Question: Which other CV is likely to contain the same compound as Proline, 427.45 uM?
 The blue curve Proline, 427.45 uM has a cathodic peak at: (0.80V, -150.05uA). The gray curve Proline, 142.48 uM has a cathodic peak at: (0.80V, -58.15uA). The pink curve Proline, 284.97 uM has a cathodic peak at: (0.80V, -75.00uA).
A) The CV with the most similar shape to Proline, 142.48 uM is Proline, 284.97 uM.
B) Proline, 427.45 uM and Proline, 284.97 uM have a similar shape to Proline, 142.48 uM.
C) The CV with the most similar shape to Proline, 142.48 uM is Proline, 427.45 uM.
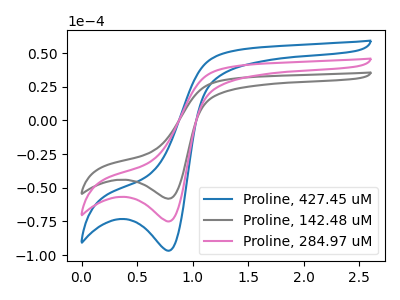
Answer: <think>All the peaks in "Proline, 427.45 uM" have a peak in "Proline, 142.48 uM" at the same potential. Every peak in "Proline, 427.45 uM" is higher than every peak in "Proline, 142.48 uM". All the peaks in "Proline, 427.45 uM" have a peak in "Proline, 284.97 uM" at the same potential. Every peak in "Proline, 427.45 uM" is higher than every peak in "Proline, 284.97 uM". All the peaks in "Proline, 142.48 uM" have a peak in "Proline, 284.97 uM" at the same potential. Every peak in "Proline, 142.48 uM" is lower than every peak in "Proline, 284.97 uM".
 </think>
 <answer>B) "Proline, 427.45 uM" and "Proline, 284.97 uM" have a similar shape to "Proline, 142.48 uM".</answer>
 <eval>B</eval>